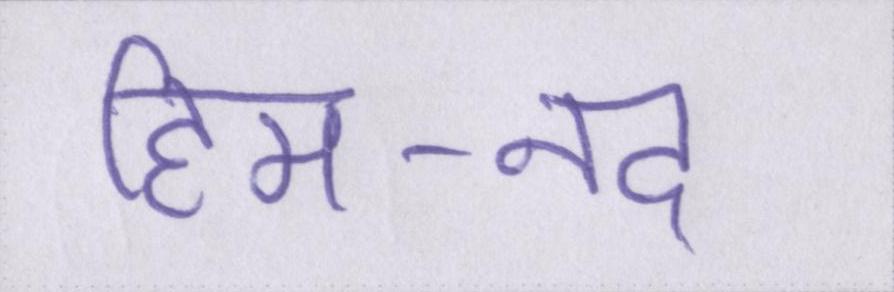
हिम-नद